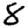
Digit: 8